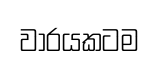
වාරයකටම